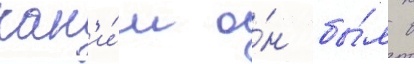
как'и́м о́н бы́л в